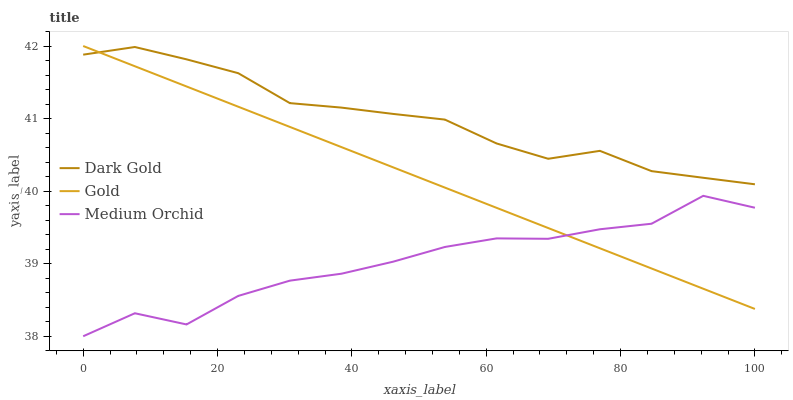
| xaxis_label | Dark Gold | Gold | Medium Orchid |
 | --- | --- | --- | --- |
 | 0 | 41.9 | 42 | 38 |
 | 7.69 | 42 | 41.7 | 38.3 |
 | 15.4 | 41.8 | 41.4 | 38.2 |
 | 23.1 | 41.6 | 41.2 | 38.6 |
 | 30.8 | 41.2 | 40.9 | 38.8 |
 | 38.5 | 41.2 | 40.6 | 38.9 |
 | 46.2 | 41.1 | 40.3 | 39 |
 | 53.8 | 41 | 40 | 39.2 |
 | 61.5 | 40.7 | 39.8 | 39.3 |
 | 69.2 | 40.4 | 39.5 | 39.3 |
 | 76.9 | 40.6 | 39.2 | 39.5 |
 | 84.6 | 40.3 | 38.9 | 39.6 |
 | 92.3 | 40.2 | 38.7 | 39.9 |
 | 100 | 40.1 | 38.4 | 39.8 |